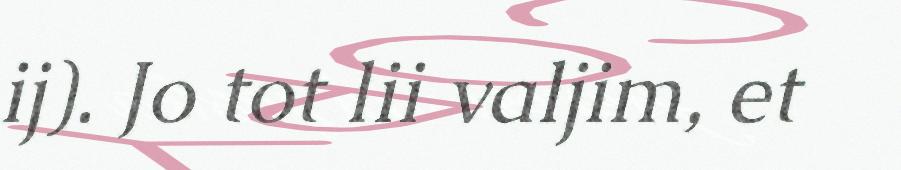
ij). Jo tot lii valjim, et